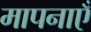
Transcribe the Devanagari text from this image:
मापनाएँ